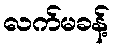
လက်မခန့်